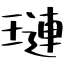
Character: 璉